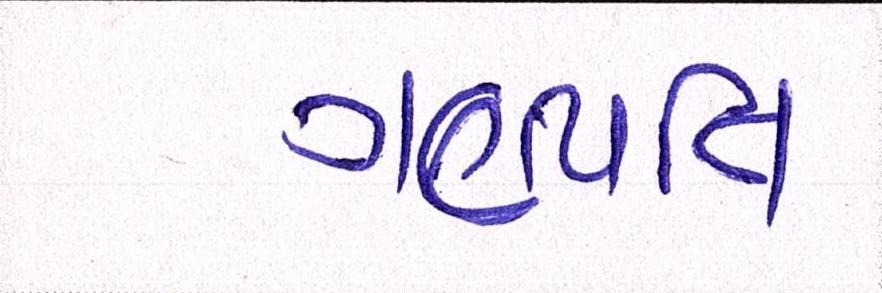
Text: ગણપતિ